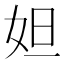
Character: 妲